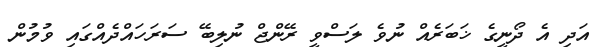
އަދި އެ ދޯނީގެ ޚަބަރެއް ނުވެ ލަސްވީ ރޭންޖް ނުލިބޭ ސަރަހައްދެއްގައި ވުމުން